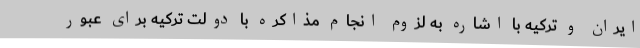
ایران و ترکیه با اشاره به لزوم انجام مذاکره با دولت ترکیه برای عبور